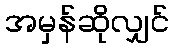
အမှန်ဆိုလျှင်